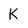
Character: K